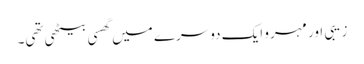
زیبی اور مہرو ایک دوسرے میں گھسی بیٹھی تھی۔